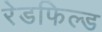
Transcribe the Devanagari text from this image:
रेडफिल्ड